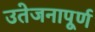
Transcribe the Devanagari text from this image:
उतेजनापूर्ण